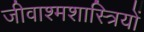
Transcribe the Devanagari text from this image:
जीवाश्मशास्त्रियों